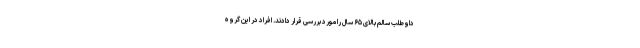
داوطلب سالم بالای ۶۵ سال را مورد بررسی قرار دادند. افراد در این گروه